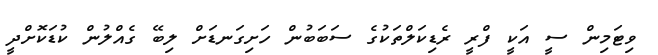
ވިޓަމިން ސީ އަކީ ފްރީ ރެޑިކަލްތަކުގެ ސަބަބުން ހަށިގަނޑަށް ލިބޭ ގެއްލުން ކުޑަކޮށްދީ